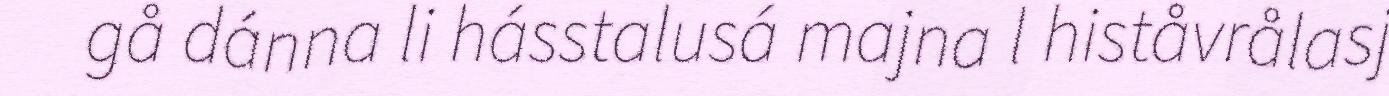
gå dánna li hásstalusá majna l histåvrålasj